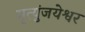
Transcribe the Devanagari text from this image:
मॄत्युंजयेश्वर